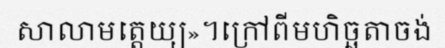
សាលាមត្តេយ្យ»។ក្រៅពីមហិច្ឆតាចង់